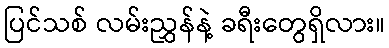
ပြင်သစ် လမ်းညွှန်နဲ့ ခရီးတွေရှိလား။